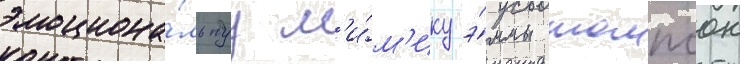
эмоциона́льнуу м'и́м'ику э́ммы томпсон